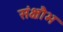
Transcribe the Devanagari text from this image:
संक्षौभ